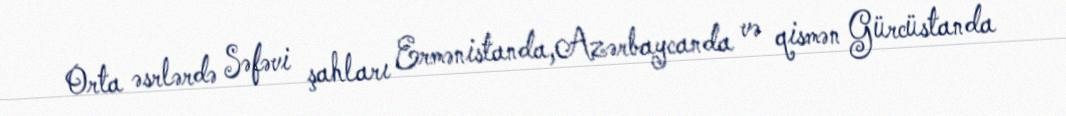
Orta əsrlərdə Səfəvi şahları Ermənistanda,Azərbaycanda və qismən Gürcüstanda